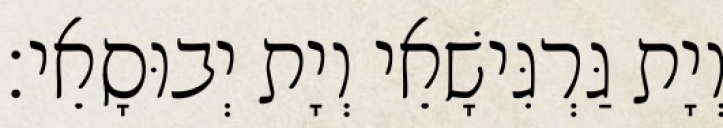
וְיָת גַּרְגִּישָׁאֵי וְיָת יְבוּסָאֵי׃